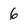
Character: 6